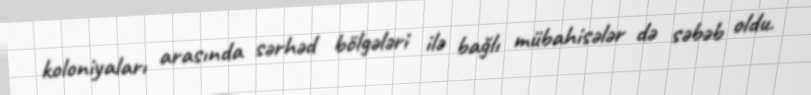
koloniyaları arasında sərhəd bölgələri ilə bağlı mübahisələr də səbəb oldu.